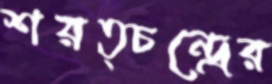
শরত্চন্দ্রের